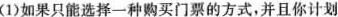
(1)如果只能选择一种购买门票的方式，并且你计划